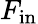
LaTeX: F_{\mathrm{in}}